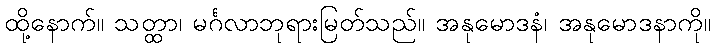
ထို့နောက်။ သတ္ထာ၊ မင်္ဂလာဘုရားမြတ်သည်။ အနုမောဒနံ၊ အနုမောဒနာကို။